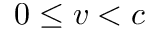
0 \leq v < c